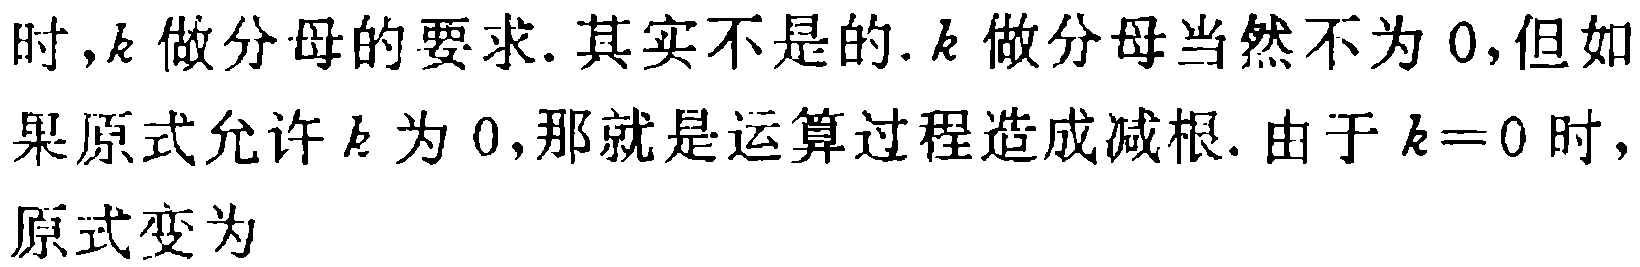
时,$k$做分母的要求.其实不是的.$k$做分母当然不为$0$,但如果原式允许$k$为$0$,那就是运算过程造成减根.由于$k = 0$时,原式变为